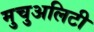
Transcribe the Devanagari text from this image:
मुचुअलिटी